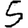
Digit: 5